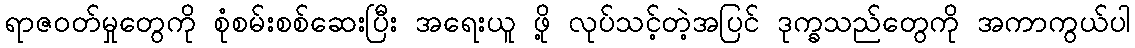
ရာဇဝတ်မှုတွေကို စုံစမ်းစစ်ဆေးပြီး အရေးယူ ဖို့ လုပ်သင့်တဲ့အပြင် ဒုက္ခသည်တွေကို အကာကွယ်ပါ